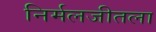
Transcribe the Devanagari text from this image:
निर्मलजीतला